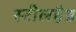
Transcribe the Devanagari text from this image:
स्टीलहैड